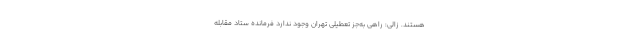
هستند. زالی: راهی به‌جز تعطیلی تهران وجود ندارد فرمانده ستاد مقابله